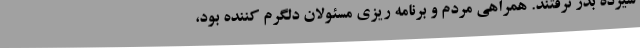
سیزده بدر نرفتند. همراهی مردم و برنامه ریزی مسئولان دلگرم کننده بود،